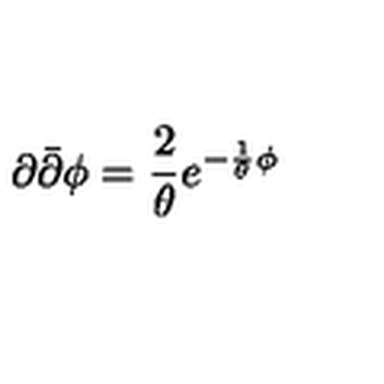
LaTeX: \partial { \bar { \partial } } \phi = \frac { 2 } { \theta } e ^ { - \frac { 1 } { \theta } \phi }